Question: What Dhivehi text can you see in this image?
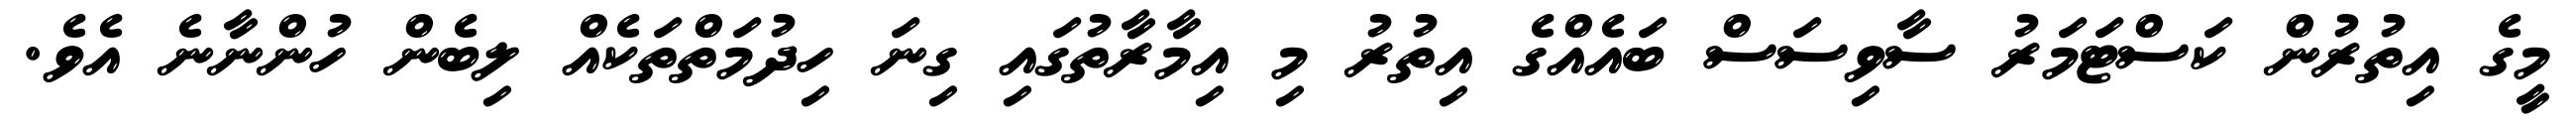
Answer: މީގެ އިތުރުން ކަސްޓަމަރު ސާވިސަސް ބައެއްގެ އިތުރު މި އިމާރާތުގައި ގިނަ ހިދުމަތްތަކެއް ލިބެން ހުންނާނެ އެވެ.